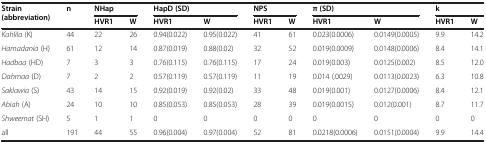
| <ROWSPAN=2> Strain (abbreviation) | <ROWSPAN=2> n | <COLSPAN=2> NHap | <COLSPAN=2> HapD (SD) | <COLSPAN=2> NPS | <COLSPAN=2> π (SD) | <COLSPAN=2> k |
 | HVR1 | W | HVR1 | W | HVR1 | W | HVR1 | W | HVR1 | W |
 | --- | --- | --- | --- | --- | --- | --- | --- | --- | --- | --- | --- |
 | Kahlila (K) | 44 | 22 | 26 | 0.94(0.022) | 0.95(0.022) | 41 | 61 | 0.023(0.0006) | 0.0149(0.0005) | 9.9 | 14.2 |
 | Hamadania (H) | 61 | 12 | 14 | 0.87(0.019) | 0.88(0.02) | 32 | 52 | 0.019(0.0009) | 0.0148(0.0006) | 8.4 | 14.1 |
 | Hadbaa (HD) | 7 | 3 | 3 | 0.76(0.115) | 0.76(0.115) | 17 | 24 | 0.019(0.003) | 0.0125(0.002) | 8.5 | 12.0 |
 | Dahmaa (D) | 7 | 2 | 2 | 0.57(0.119) | 0.57(0.119) | 11 | 19 | 0.014 (.0029) | 0.0113(0.0023) | 6.3 | 10.8 |
 | Saklawia (S) | 43 | 14 | 15 | 0.92(0.019) | 0.92(0.02) | 33 | 48 | 0.019(0.001) | 0.0127(0.0006) | 8.4 | 12.1 |
 | Abiah (A) | 24 | 10 | 10 | 0.85(0.053) | 0.85(0.053) | 28 | 39 | 0.019(0.0015) | 0.012(0.001) | 8.7 | 11.7 |
 | Shweemat (SH) | 5 | 1 | 1 | 0 | 0 | 0 | 0 | 0 | 0 | 0 | 0 |
 | all | 191 | 44 | 55 | 0.96(0.004) | 0.97(0.004) | 52 | 81 | 0.0218(0.0006) | 0.0151(0.0004) | 9.9 | 14.4 |